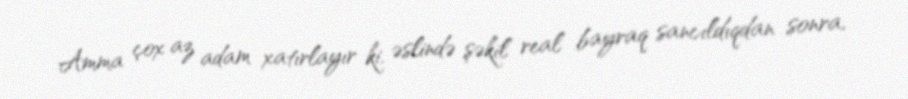
Amma çox az adam xatırlayır ki, əslində şəkil real bayraq sancıldıqdan sonra,